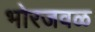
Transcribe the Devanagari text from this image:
भोरजवळ